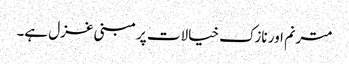
مترنم اور نازک خیالات پر مبنی غزل ہے۔